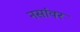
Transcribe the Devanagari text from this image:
नसांवर